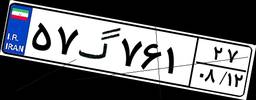
۵۷گ۷۶۱۲۷